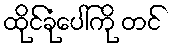
ထိုင်ခုံပေါ်ကို တင်